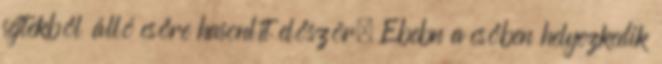
sejtekből álló csőre hasonlít először. Ebebn a csőben helyezkedik